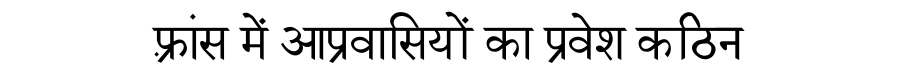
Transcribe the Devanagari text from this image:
फ़्रांस में आप्रवासियों का प्रवेश कठिन